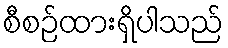
စီစဉ်ထားရှိပါသည်